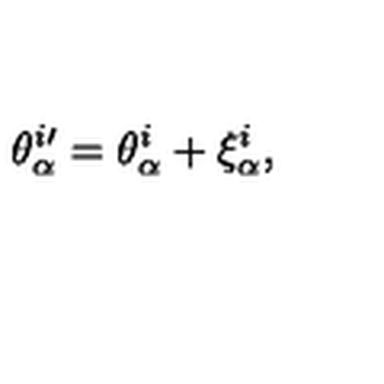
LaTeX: \theta _ { \alpha } ^ { i \prime } = \theta _ { \alpha } ^ { i } + \xi _ { \alpha } ^ { i } ,